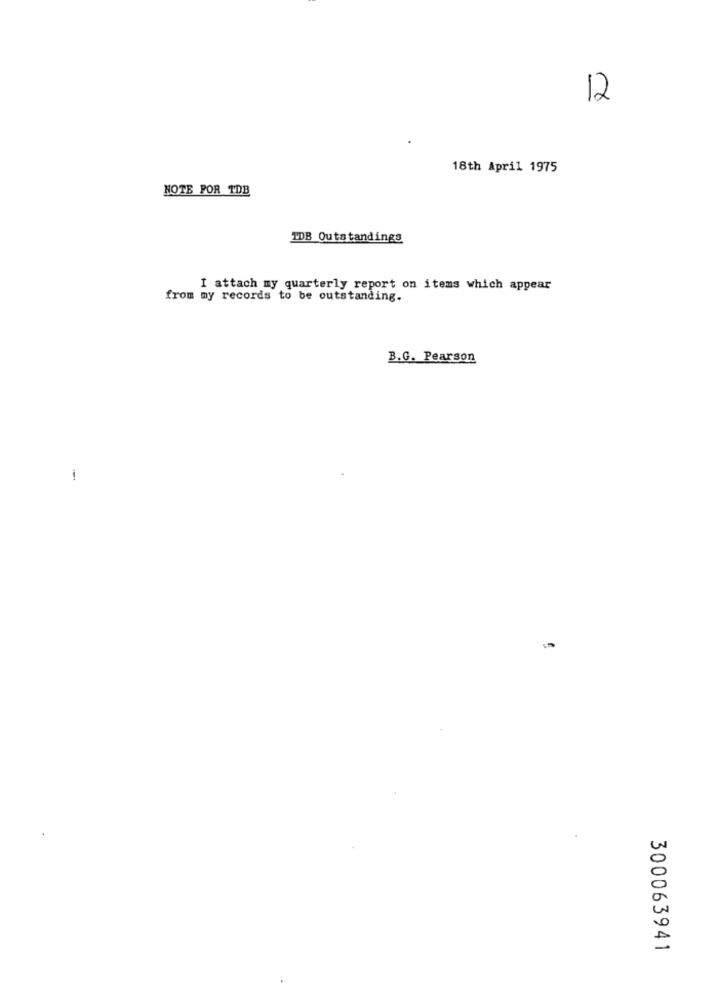
12
18th April 1975
HOTE POR TDB
TDB Outstandings
I attach my quarterly report on items which appear
from my records to be outstanding.
B.G. Pearson
-
300063941